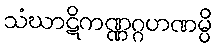
သံဃာဋိကဏ္ဏဂ္ဂဟဏမ္ပိ